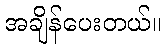
အချိန်ပေးတယ်။